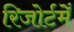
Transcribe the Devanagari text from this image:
रिजोर्टमेँ